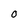
Character: O